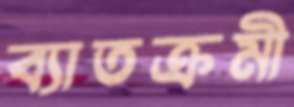
ব্যাতক্রমী